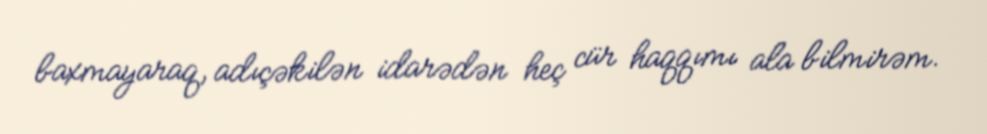
baxmayaraq, adıçəkilən idarədən heç cür haqqımı ala bilmirəm.